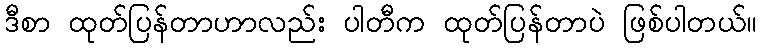
ဒီစာ ထုတ်ပြန်တာဟာလည်း ပါတီက ထုတ်ပြန်တာပဲ ဖြစ်ပါတယ်။